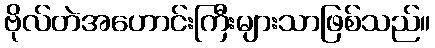
ဗိုလ်တဲအဟောင်းကြီးများသာဖြစ်သည်။